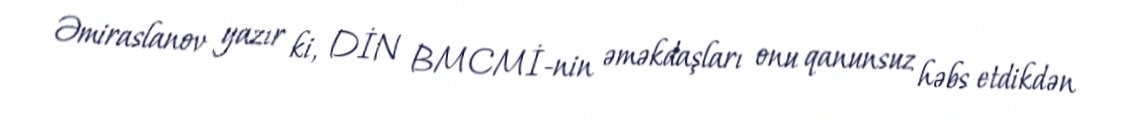
Əmiraslanov yazır ki, DİN BMCMİ-nin əməkdaşları onu qanunsuz həbs etdikdən